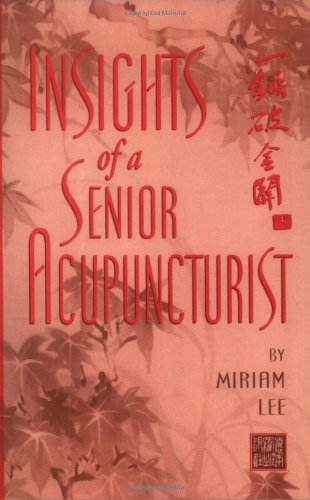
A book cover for Insights of a Senior Acupuncturist; Miriam Lee; Health, Fitness & Dieting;